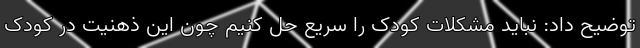
توضیح داد: نباید مشکلات کودک را سریع حل کنیم چون این ذهنیت در کودک